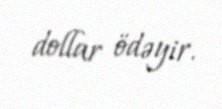
dollar ödəyir.